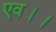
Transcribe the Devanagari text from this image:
एव।।